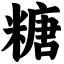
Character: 糖